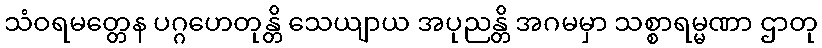
သံဝရမတ္တေန ပဂ္ဂဟေတုန္တိ သေယျာယ အပုညန္တိ အဂမမှာ သစ္စာရမ္မဏာ ဌာတု